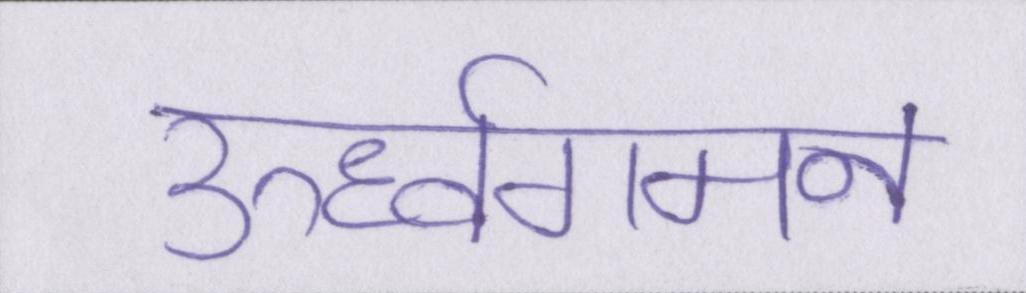
ऊर्ध्वगमन